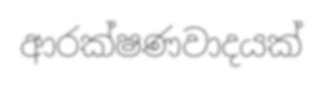
ආරක්ෂණවාදයක්